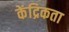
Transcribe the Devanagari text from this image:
केंद्रिकता